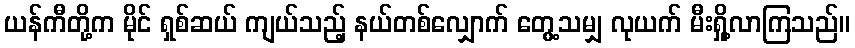
ယန်ကီတို့က မိုင် ရှစ်ဆယ် ကျယ်သည့် နယ်တစ်လျှောက် တွေ့သမျှ လုယက် မီးရှို့လာကြသည်။